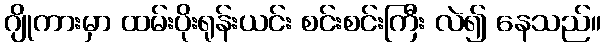
ဂျိုကားမှာ ထမ်းပိုးရုန်းယင်း စင်းစင်းကြီး လဲ၍ နေသည်။